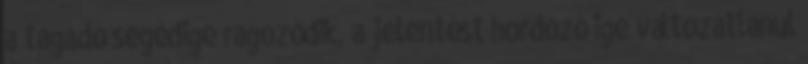
a tagadó segédige ragozódik, a jelentést hordozó ige változatlanul